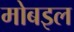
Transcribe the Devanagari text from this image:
मोबइल